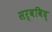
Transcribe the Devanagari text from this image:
सर्वविद्